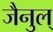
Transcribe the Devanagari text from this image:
जैनुल्